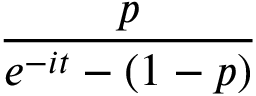
\! \, { \frac { p } { e ^ { - i t } - ( 1 - p ) } }